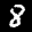
Label: 8